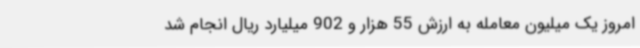
امروز یک میلیون معامله به ارزش 55 هزار و 902 میلیارد ریال انجام شد